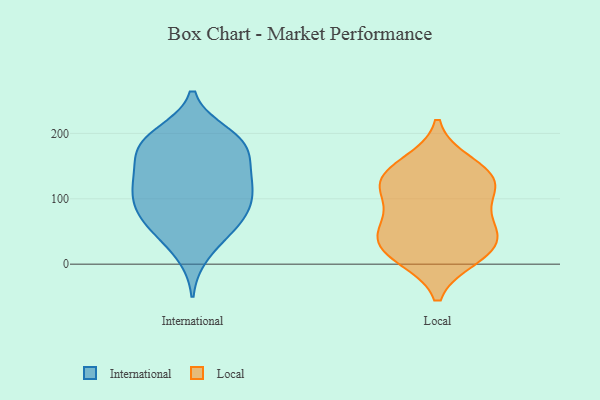
{"axis": {"x": "Budget (USD K)", "y": "Value"}, "legend": ["International", "Local"], "data": [{"x": "", "y": 103, "type": "International"}, {"x": "", "y": 51, "type": "International"}, {"x": "", "y": 117, "type": "International"}, {"x": "", "y": 179, "type": "International"}, {"x": "", "y": 199, "type": "International"}, {"x": "", "y": 145, "type": "International"}, {"x": "", "y": 184, "type": "International"}, {"x": "", "y": 64, "type": "International"}, {"x": "", "y": 15, "type": "International"}, {"x": "", "y": 186, "type": "International"}, {"x": "", "y": 96, "type": "International"}, {"x": "", "y": 82, "type": "International"}, {"x": "", "y": 131, "type": "International"}, {"x": "", "y": 193, "type": "International"}, {"x": "", "y": 141, "type": "International"}, {"x": "", "y": 173, "type": "International"}, {"x": "", "y": 117, "type": "International"}, {"x": "", "y": 79, "type": "International"}, {"x": "", "y": 52, "type": "International"}, {"x": "", "y": 62, "type": "Local"}, {"x": "", "y": 21, "type": "Local"}, {"x": "", "y": 117, "type": "Local"}, {"x": "", "y": 64, "type": "Local"}, {"x": "", "y": 12, "type": "Local"}, {"x": "", "y": 115, "type": "Local"}, {"x": "", "y": 132, "type": "Local"}, {"x": "", "y": 41, "type": "Local"}, {"x": "", "y": 25, "type": "Local"}, {"x": "", "y": 153, "type": "Local"}, {"x": "", "y": 131, "type": "Local"}]}